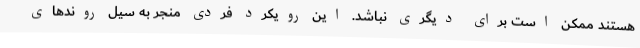
هستند ممکن است برای دیگری نباشد. این رویکرد فردی منجر به سیل روندهای